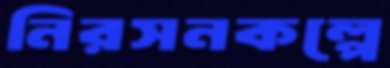
নিরসনকল্পে